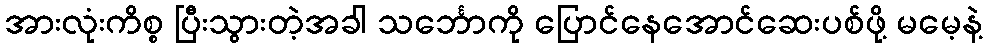
အားလုံးကိစ္စ ပြီးသွားတဲ့အခါ သင်္ဘောကို ပြောင်နေအောင်ဆေးပစ်ဖို့ မမေ့နဲ့